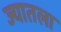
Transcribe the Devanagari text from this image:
ज्यातला